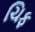
ચિફ